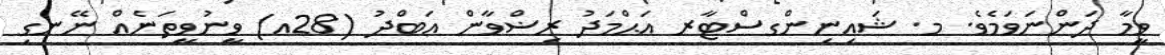
ވީމާ ދަންނަވަމެވެ. މ. ޝައިނިންގސްޓާރ އަޙްމަދު ރިޟްވާން ޢަބްދު (28އ) ވީނުވީތަނެއް ނޭނގި